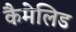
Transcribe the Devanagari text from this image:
कैमेलिड